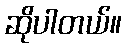
ဆိုပါတယ်။